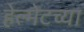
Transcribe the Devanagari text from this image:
हेल्मेटच्या